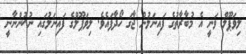
ލިވަޕޫލް ވަނީ އެ މުބާރާތުގެ ފައިނަލުން ޖާގަ ހޯދާފައެވެ. ލިވަޕޫލްގެ ފައިނަލުގައި ނުކުންނާނީ